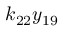
k _ { 2 2 } y _ { 1 9 }